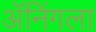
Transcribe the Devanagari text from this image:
ॲनिंगला